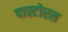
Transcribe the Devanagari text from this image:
पास्टोरल